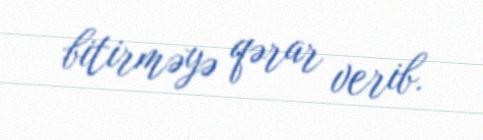
bitirməyə qərar verib.